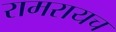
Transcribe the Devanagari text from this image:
रामरायच